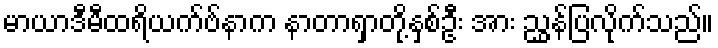
မာယာဒီမီထရိယက်ဗ်နာက နာတာရှာတို့နှစ်ဦး အား ညွှန်ပြလိုက်သည်။